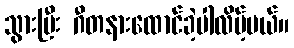
သွားပြီး ဂီတနားထောင်ခဲ့ပါလိမ့်မယ်။